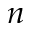
_ n